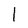
Character: l